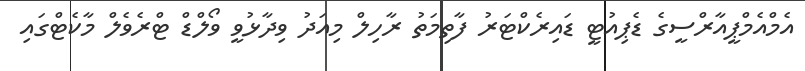
އެމްއެމްޕީއާރްސީގެ ޑެޕިއުޓީ ޑައިރެކްޓަރު ފާތިމަތު ރާހިލް މިއަދު ވިދާޅުވީ ވޯލްޑް ޓްރެވެލް މާކެޓްގައި